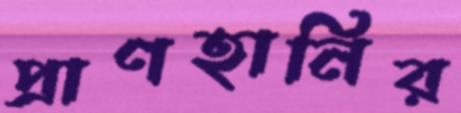
প্রাণহানির